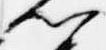
卿